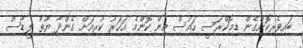
ބައިވެރިކޮށްގެން ޑިމޮކްރަސީ ހައުސް އިން ކޮންމެ އަހަރު ކުރިއަށް ގެންދާ ޔޫތު ލީޑާސް